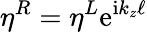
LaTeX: \eta^{R}=\eta^{L}\mathrm{e}^{\mathrm{i}k_{z}\ell}